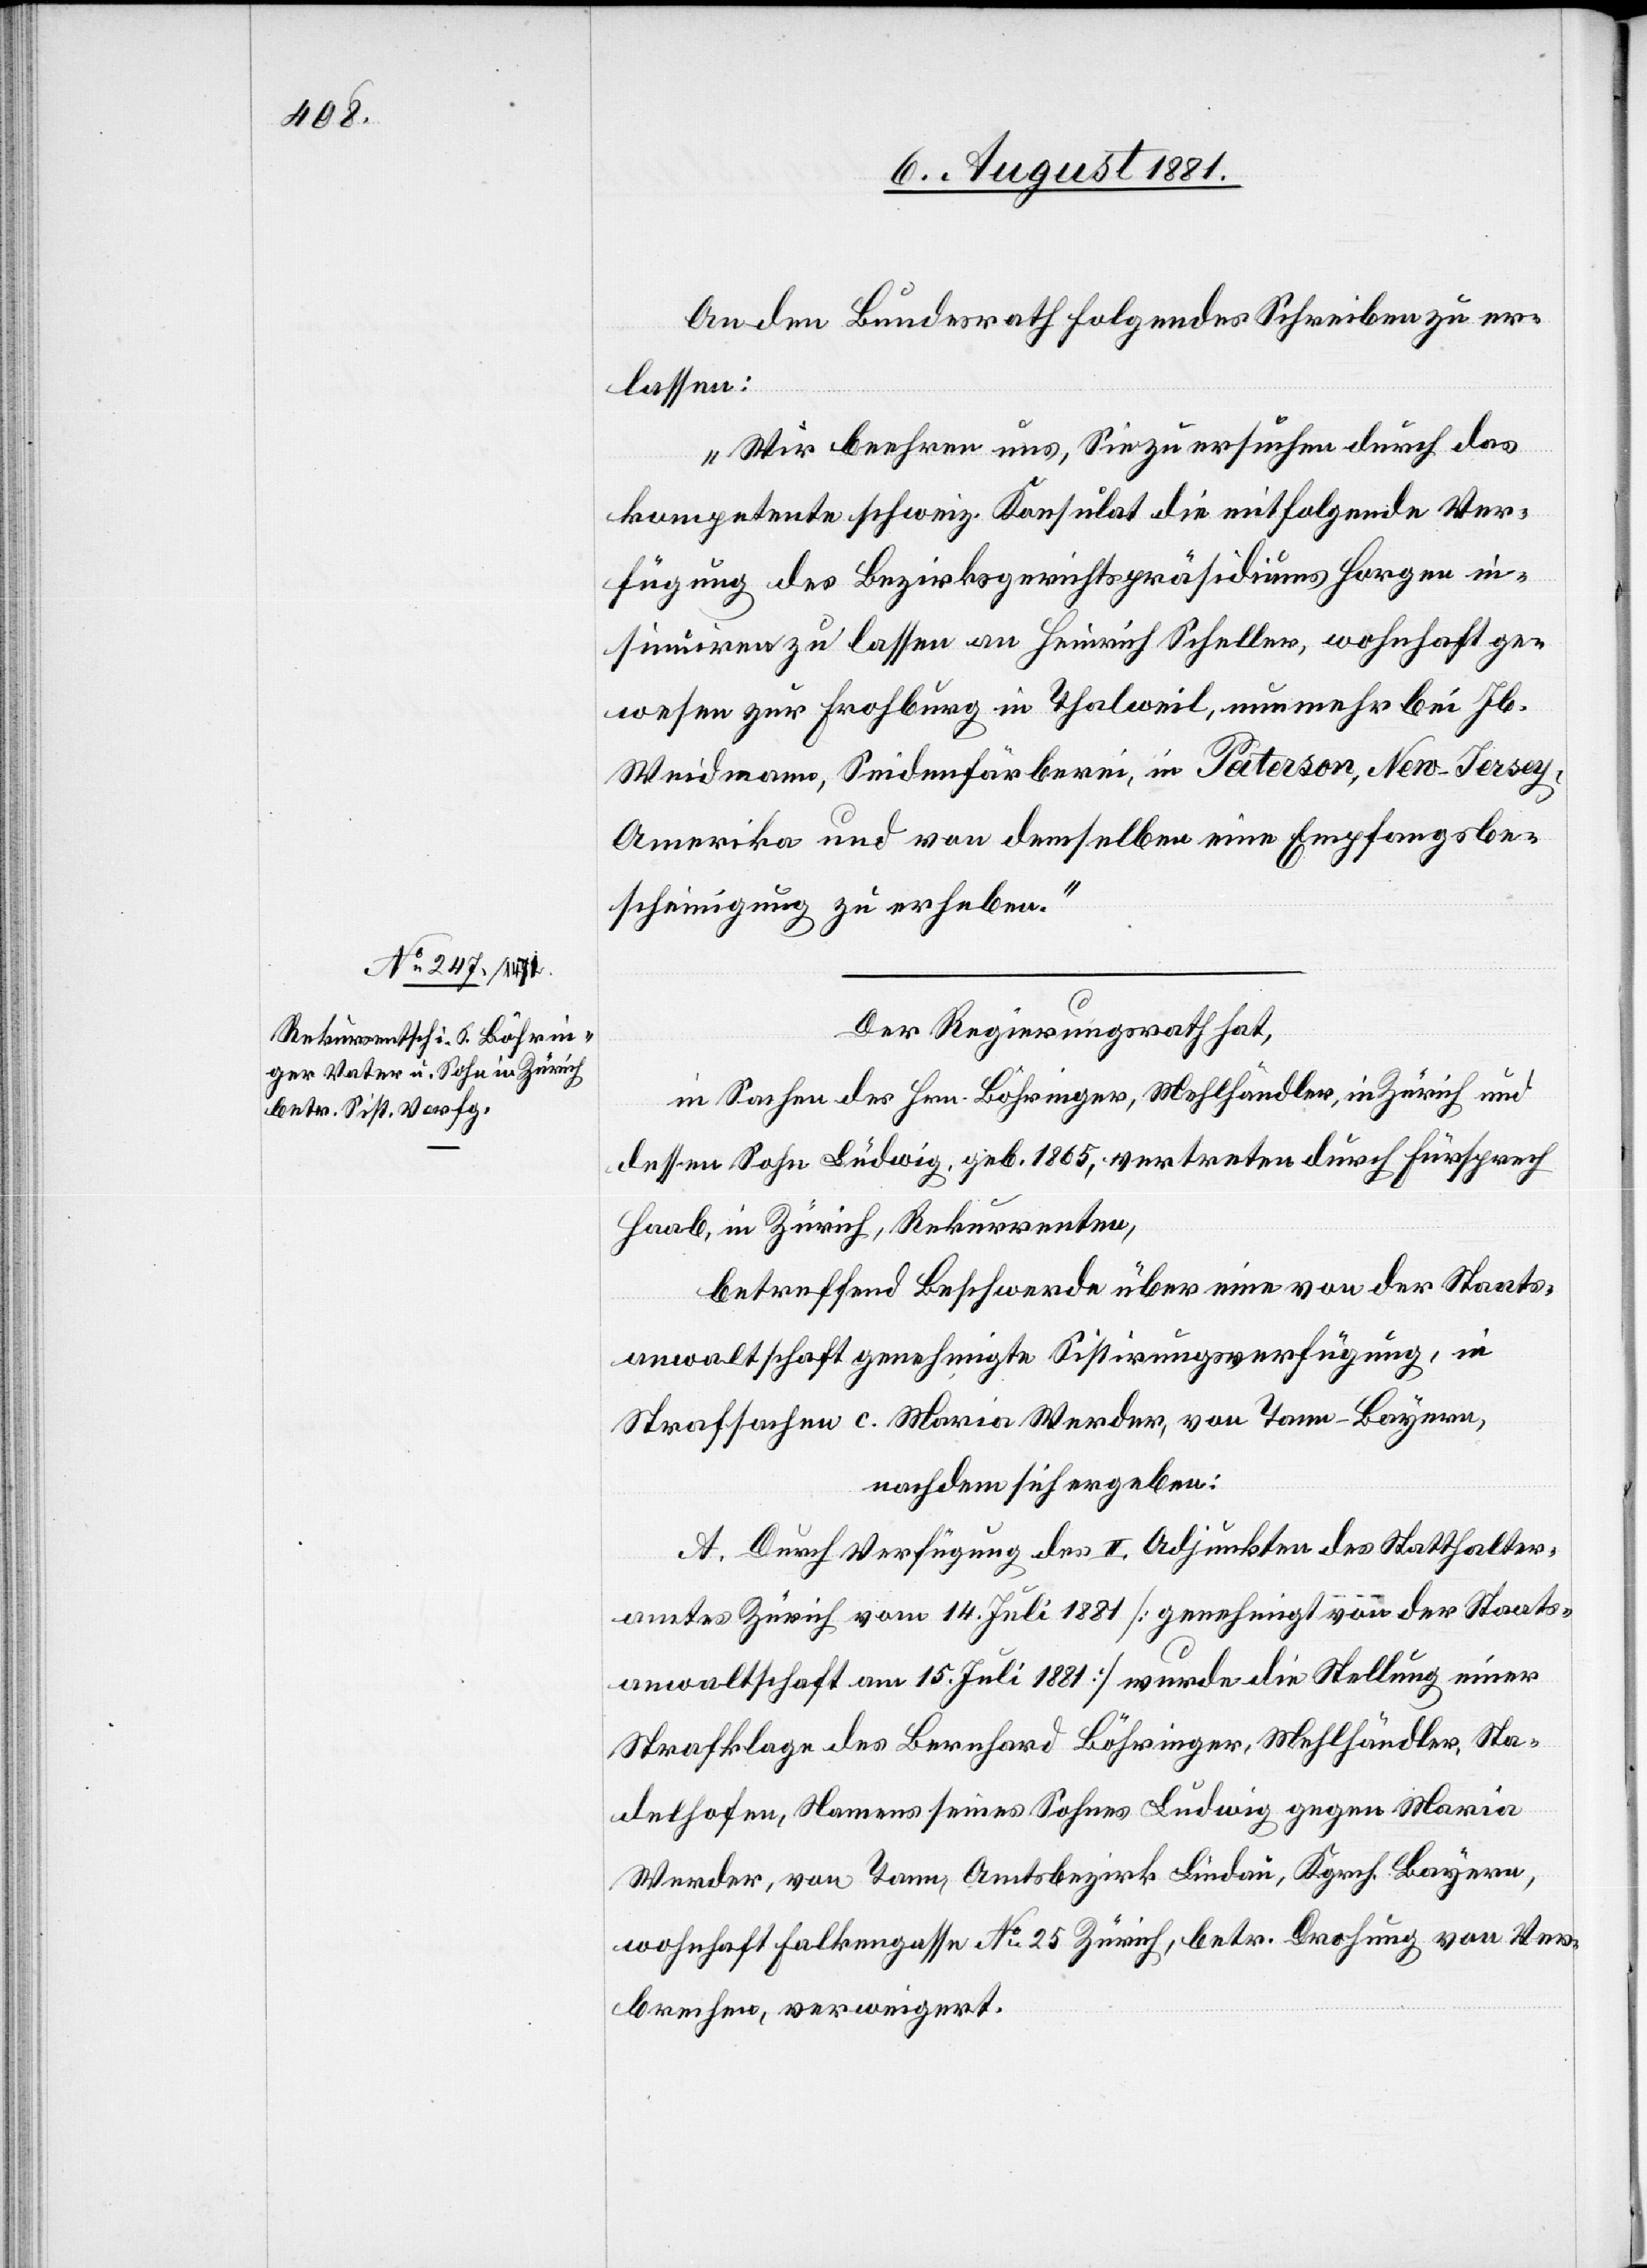
An den Bundesrath folgendes Schreiben zu er¬
lassen:
„Wir beehren uns, Sie zu ersuchen durch das
kompetente schweiz. Konsulat die mitfolgende Ver¬
fügung des Bezirksgerichtspräsidiums Horgen in¬
sinuiren zu lassen an Heinrich Scheller, wohnhaft ge¬
wesen zur Frohburg in Thalweil, nunmehr bei Jb.
Weidmann, Seidenfärberei, in Paterson, New Jersey,
Amerika und von demselben eine Empfangsbe¬
scheinigung zu erheben.“